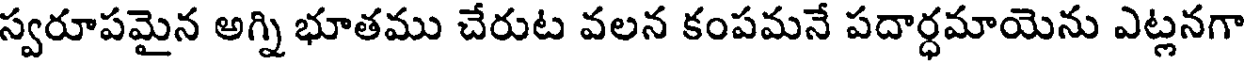
స్వరూపమైన అగ్ని భూతము చేరుట వలన కంపమనే పదార్ధమాయెను ఎట్లనగా